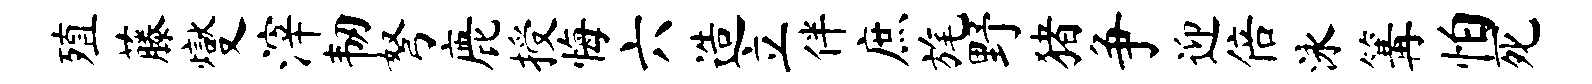
殖藤燮滓韧弩鹿授悔六造立伴庶旄野猪争迎倍泳篝怕死